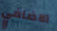
الاضافي